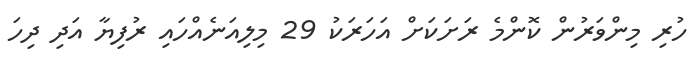
ހުރި މިންވަރުން ކޮންމެ ރަށަކަށް އަހަރަކު 29 މިލިއަނެއްހައި ރުފިޔާ އަދި ދިހަ